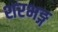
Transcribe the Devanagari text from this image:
शरभङ्ग